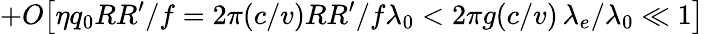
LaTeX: +O\big[\eta q_{0}RR^{\prime}/f=2\pi(c/v)RR^{\prime}/f\lambda_{0}<2\pi g(c/v)\, \lambda_{e}/\lambda_{0}\ll 1\big]